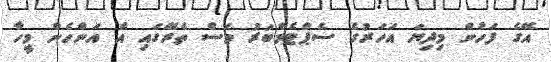
އޭގެ ފަހުން މިދިޔަ އަހަރުގެ ސެޕްޓެމްބަރު މަސް ތެރޭގައި އެ އަންހެން މީހާ